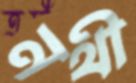
নথী